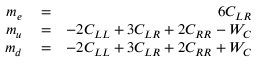
\begin{array} { r l r } { m _ { e } } & { { } = } & { 6 C _ { L R } } \\ { m _ { u } } & { { } = } & { - 2 C _ { L L } + 3 C _ { L R } + 2 C _ { R R } - W _ { C } } \\ { m _ { d } } & { { } = } & { - 2 C _ { L L } + 3 C _ { L R } + 2 C _ { R R } + W _ { C } } \end{array}